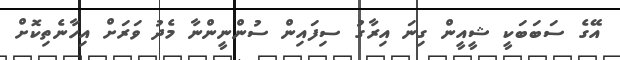
އޭގެ ސަބަބަކީ ޝީއީން ގިނަ އިރާގު ސިފައިން ސުންނީންނާ މެދު ވަރަށް އިހާނެތިކޮށް